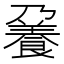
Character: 𩜒